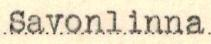
Savonlinna